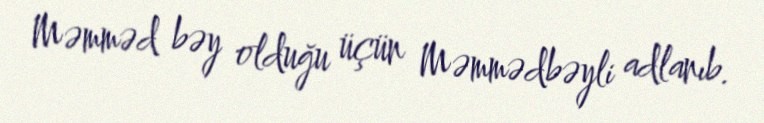
Məmməd bəy olduğu üçün Məmmədbəyli adlanıb.